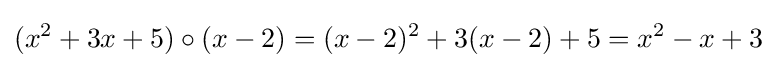
(x^{2}+3x+5)\circ (x-2)=(x-2)^{2}+3(x-2)+5=x^{2}-x+3